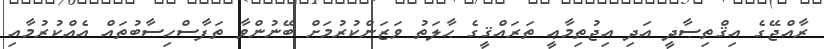
ރާއްޖޭގެ އިޤްތިޞާދީ އަދި އިޖުތިމާޢީ ތަރައްޤީގެ ޙާލަތު ވަޒަންކުރުމަށް ބޭނުންވާ ތަފާސްހިސާބުތައް އެއްކުރުމާއި